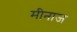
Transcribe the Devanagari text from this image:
मीनाज